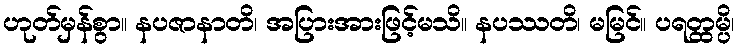
ဟုတ်မှန်စွာ။ နပဇာနာတိ၊ အပြားအားဖြင့်မသိ။ နပဿတိ၊ မမြင်။ ပရတ္ထမ္ပိ၊